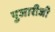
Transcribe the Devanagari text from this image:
पुजारीजी